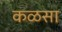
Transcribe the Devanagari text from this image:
कळसा